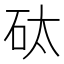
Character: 𱳪